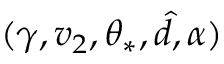
( \gamma , v _ { 2 } , \theta _ { * } , \hat { d } , \alpha )